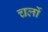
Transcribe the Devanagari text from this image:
चर्लो